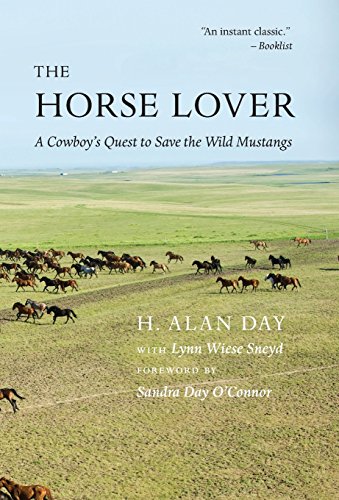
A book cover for The Horse Lover: A Cowboy's Quest to Save the Wild Mustangs; H. Alan Day; Biographies & Memoirs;